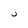
Character: U